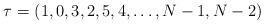
LaTeX: \begin{align*} \tau = (1,0,3,2,5,4,\dots,N-1,N-2)\end{align*}